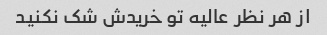
از هر نظر عالیه تو خریدش شک نکنید